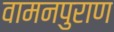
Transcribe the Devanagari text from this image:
वामनपुराण